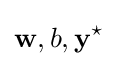
\mathbf {w} ,b,\mathbf {y} ^{\star }